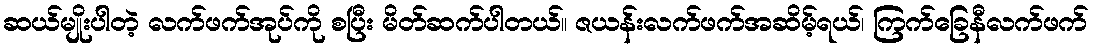
ဆယ်မျိုးပါတဲ့ လက်ဖက်အုပ်ကို စပြီး မိတ်ဆက်ပါတယ်။ ဇယန်းလက်ဖက်အဆိမ့်ရယ်၊ ကြက်ခြေနီလက်ဖက်